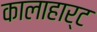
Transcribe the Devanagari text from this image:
कालाहार्ट